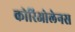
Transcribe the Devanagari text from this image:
कोरिओलेनस